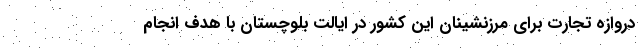
دروازه تجارت برای مرزنشینان این کشور در ایالت بلوچستان با هدف انجام